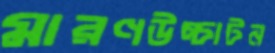
মারণউচ্চাটন